Vaccination in Burma 1900-1911 - 1900-1911
Year: 1900
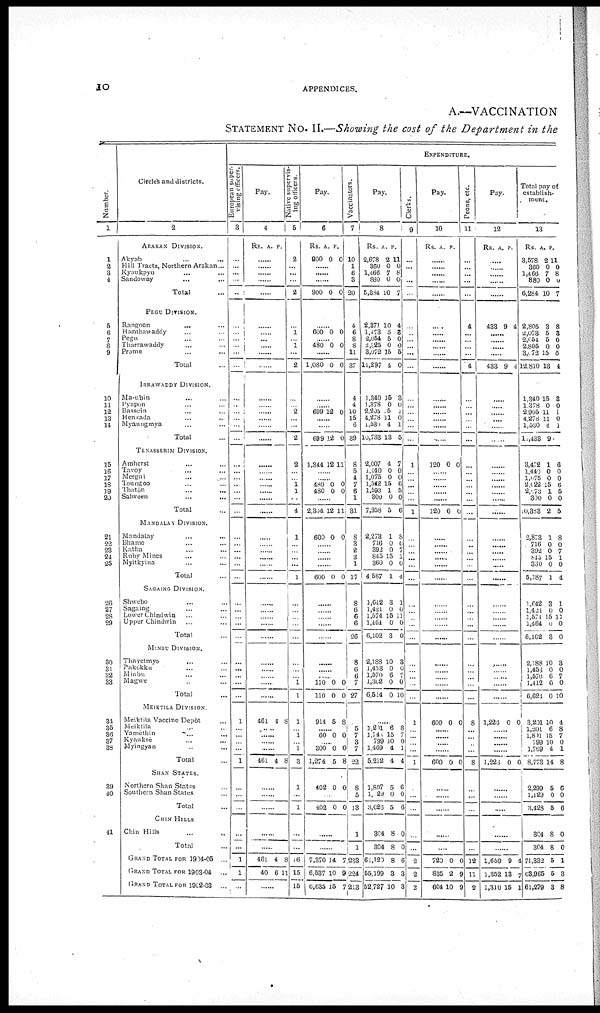
10
APPENDICES.
A.—VACCINATION
STATEMENT No. II.—Showing the cost of the Department in the
Number.
1
1
2
3
4
5
6
7
8
9
10
11
12
13
14
15
16
17
18
19
20
21
22
23
24
25
26
27
28
29
30
31
32
33
34
35
36
37
33
39
40
41
Circles and districts.
2
ARAKAN DIVISION.
Akyab ... ...
Hill Tracts, Northern Arakan...
Kyaukpyu ... ...
Sandoway ... ...
Total ...
PEGU DIVISION.
Rangoon ... ...
Hanthawaddy ... ...
Pegu ... ...
Tharrawaddy ... ...
Prome ... ...
Total ...
IRRAWADDY DIVISION.
Ma-ubin ... ...
Pyapôn ... ...
Bassein ... ...
Henzada ... ...
Myaungmya
Total ...
TENASSERIM DIVISION.
Amherst ... ...
Tavoy ... ...
Mergui ... ...
Toungoo ... ...
Thatón ... ...
Salween ... ...
Total ...
MANDALAY DIVISION.
Mandalay ... ...
Bhamo ... ...
Katha ... ...
Ruby Mines ... ...
Myitkyina ... ...
Total ...
SAGAING DIVISION.
Shwebo ... ...
Sagaing ... ...
Lower Chinilwin ... ...
Upper Chindwin ... ...
Total ...
MINBU DIVISION.
Thayetmyo ... ...
Pakokku ... ...
Minbu ... ...
Magwe ... ...
Total ...
MEIKTILA DIVISION.
Meiktila Vaccine Dcpôt ...
Meiktila ... ...
Yamethin ... ...
Kyauksè ... ...
Myingyan ... ...
Total ...
SHAN STATES.
Northern Shan States ...
Southern Shan States ...
Total ...
CHIN HILLS
Chin Hills ... ...
Total ...
GRAND TOTAL FOR 1904-05 ...
GRAND TOTAL FOR 1903-04 ...
GRAND TOTAL FOR 1902-03 ...
EXPENDITURE.
European super-
vising officers.
3
...
...
...
...
...
...
...
...
...
...
...
...
...
...
...
...
...
...
...
...
...
...
...
...
...
...
...
...
...
...
...
...
...
...
...
...
...
...
...
...
1
...
...
...
...
1
...
...
...
...
...
1
1
...
Pay.
4
Rs. A. P.
......
......
......
......
......
......
......
...... ......
......
......
......
......
......
......
......
......
......
......
......
......
......
......
......
......
......
......
......
...
...
...
...
...
...
...
...
...
...
461 4 8
......
......
......
......
461 4 8
......
......
......
......
......
461
40
4
6
8
11
......
Native supervis-
ing officers.
5
2
...
...
...
2
...
1
... 1
...
2
...
... 2
...
...
2
2
...
... 1
1
...
4
1
...
...
...
...
1
...
...
...
...
...
...
...
...
1
1
1
... 1
... 1
3
1
...
1
...
...
J6
15
15
Pay.
6
Rs.
900
A.
0
P.
0
......
......
......
900 0 0
......
600 0 0
...... 480 0 0
......
1,080 0 0
......
...... 699 12 0
......
......
699 12 0
1,344 12 1
......
...... 480
480
0
0
0
0
......
2,304
600
12
0
11
0
......
......
......
......
600 0 0
...
...
...
...
...
...
... ...
110
110
0
0
0
0
914 5 8
...... 60 0 0
...... 300
1,274
0
5
0
8
402 0 0
......
402 0 0
......
......
7,370
6,537
6,635
14
10
15
7
9
7
Vaccinators.
7
10
1
6
3
20
4
6
8
8
11
37
4
4
10
15
6
39
8
5
4
7
6
1
31
8
3
2
8
1
17
8
6
6
6
26
8
6
6
7
27
...
5
7
3
7
22
8
5
13
1
1
233
224
213
Pay.
8
Rs.
2,678
360
1,166
880
5,384
A.
2
0
7
0
10
P.
11
0
8
0
7
2,371
1,478
2,054
2,325
3,072
11,297
10
0
5
0
15
4
4
3
0
0
5
0
1,340
1,378
2,205
4,278
1,530
10,733
2,007
1,140
1,075
1,542
1,593
300
7,958
2,273
716
392
845
360
4,587
15
0
5
11
4
13
4
0
0
15
1
0
5
1
0
0
15
0
1
3
0
1
0
1
5
7
0
0
6
5
0
6
8
0
7
1
0
4
1,642
1,421
1,574
1,461
6,102
3
0
15
0
3
1
0
11
0
0
2,188
1,453
1,570
1,302
6,514
10
0
6
0
0
3
0
7
0
10
......
1,201
1,741
799
1,469
5,212
6
15
10
4
4
8
7 0
1
4
1,807
1,029
3,026
5
0
5
6
0
6
304
304
61,120
55,199
52,727
8
8
8
8
10
0
0
6
3
3
Clerks.
9
...
...
...
...
...
...
...
...
...
...
...
...
...
...
...
...
...
1
...
...
...
...
...
1
...
...
...
...
...
...
...
...
...
...
...
...
...
...
...
...
1
...
...
...
...
1
...
...
...
...
...
2
2
2
Pay.
10
Rs. A. P.
......
......
......
......
......
......
......
......
......
......
......
......
......
......
......
......
......
120 0 0
......
......
......
......
......
120 0 0
......
......
......
......
......
......
......
......
......
......
......
......
......
......
......
......
600 0 0
......
......
......
......
600 0 0
......
......
......
...
...
720
835
604
0
2
10
0
9
9
Peons, etc.
11
...
...
...
...
...
4
...
...
...
...
4
...
...
...
...
...
...
...
...
...
...
...
...
...
...
...
...
...
...
...
...
...
...
...
...
...
...
...
...
...
8
...
...
...
...
8
...
...
...
...
...
12
11
9
Pay.
12
Rs.
A. P.
......
......
......
......
......
433 9 4
......
......
......
......
433 9 4
......
......
...... ......
......
......
......
......
......
......
......
......
......
......
......
......
......
......
......
......
......
......
......
......
......
......
......
......
......
1,226 0 0
......
......
......
......
1,226 0 0
......
......
.....
......
......
1,659
1,352
1,310
9
13
15
4
7
1
Total pay of
establish-
ment.
13
Rs.
3,578
360
1,466
880
6,284
A.
2
0
7
0
10
P.
11
0
8
0
7
2,805
2,073
2,054
2,805
3,072
12,810
3
5
5
0
15
13
8
3
0
0
5
4
1,340
1,378
2,905
4,278
1,530
11,438
15
0
11
11
4
9
3
0
1
0
1
3,472
1,440
l,075
2,022
2,073
300
10,388
2,873
716
392
845
360
5,187
1
0
0
15
1
0
2
1
0
0
15
0
1
6
0
0
6
5
0
5
8
0
7
1
0
4
1,642
1,421
1,574
1,464
6,102
3
0
15
0
3
1
0
11
0
0
2,188
1,453
1,570
1,412
6,624
10
0
6
0
0
3
0
7
0
10
3,201
1,201
1,801
799
1,769
8,773
10
6
15
10
4
14
4
8
7
0
1
8
2,299
1,129
3,423
5
0
5
6
0
6
304
304
71,332
63,965
61,279
8
8
5
5
3
0
0
1
3
8